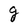
Character: g